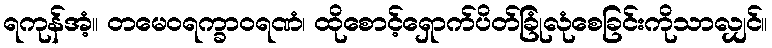
ရကုန်အံ့။ တမေဝရက္ခာဝရဏံ၊ ထိုစောင့်ရှောက်ပိတ်ခြုံလုံစေခြင်းကိုသာလျှင်။